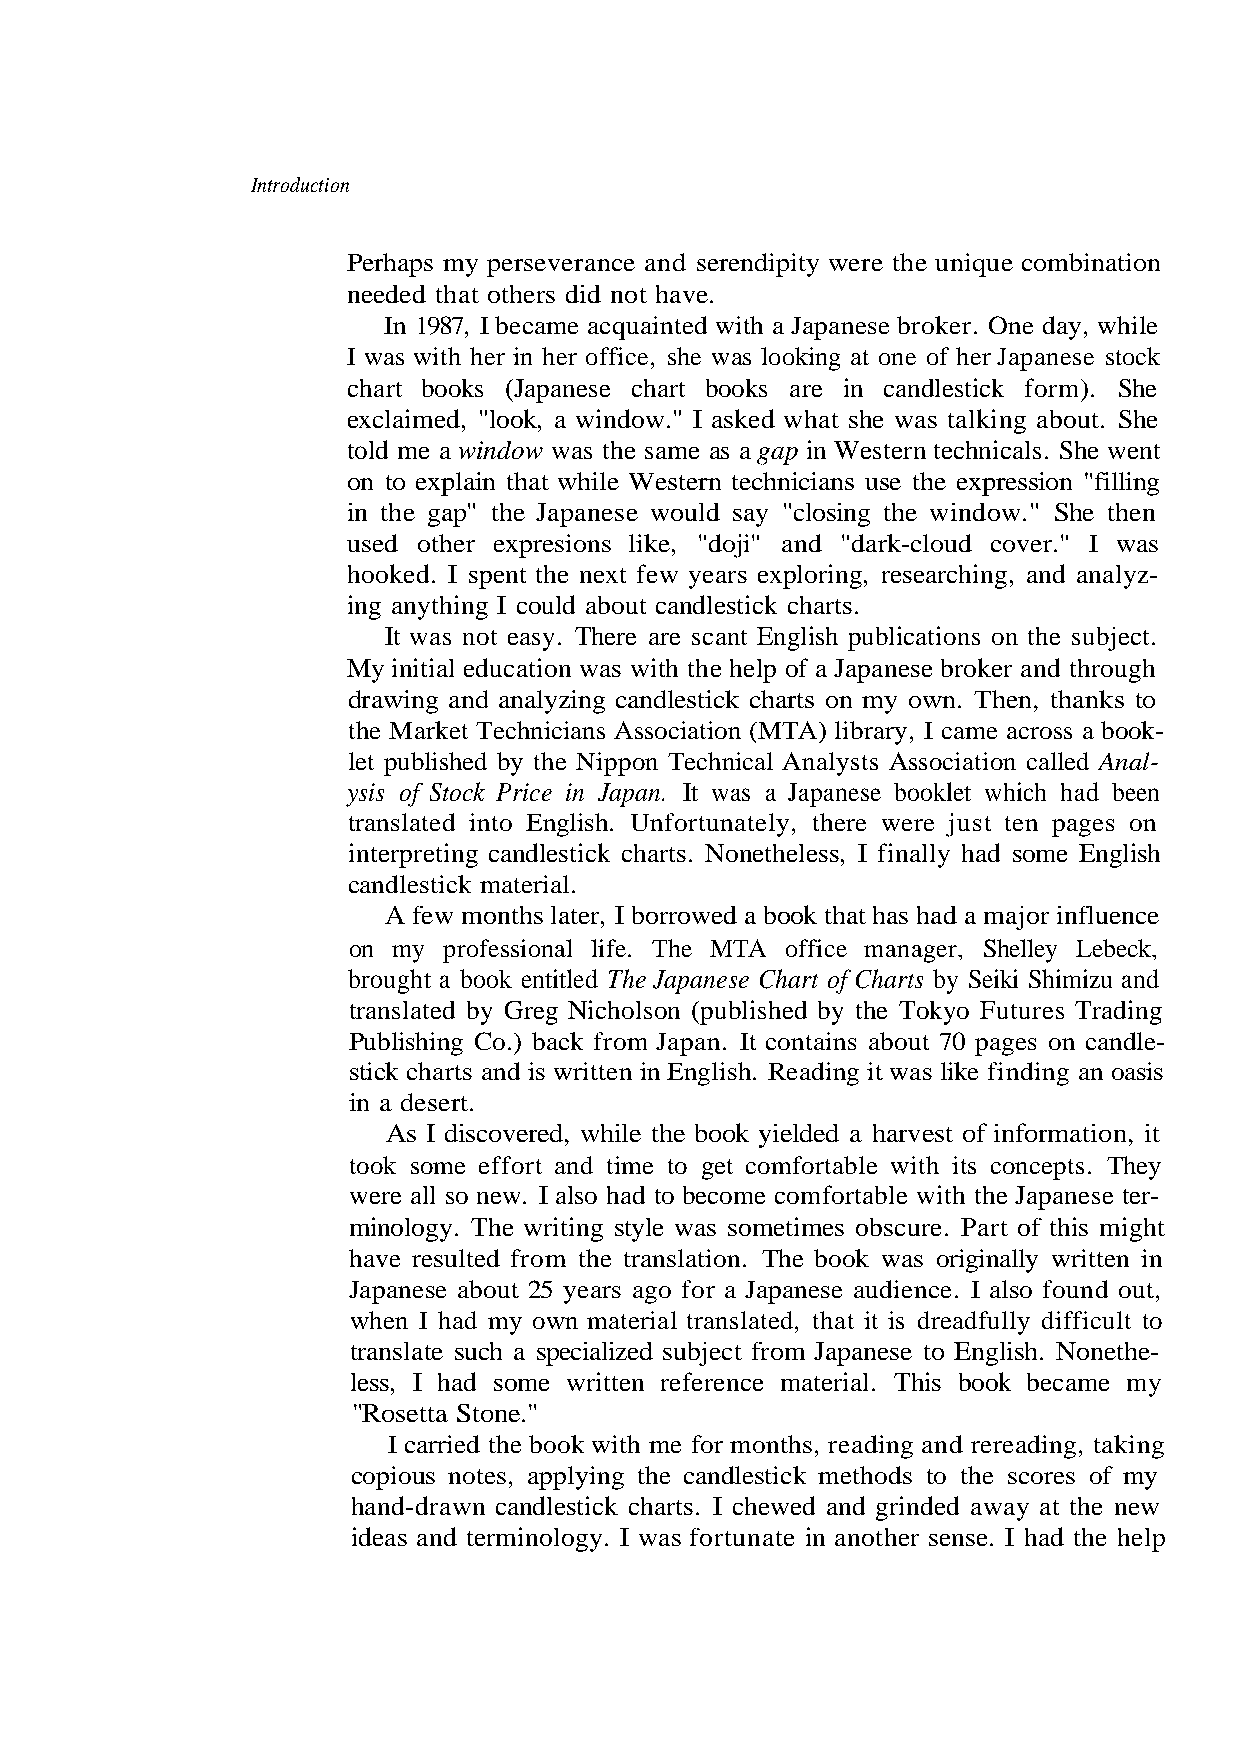
Introduction
 In 1987, I became acquainted with a Japanese broker. One day, while
 I was with her in her office, she was looking at one of her Japanese stock
 told me a window was the same as a gap in Western technicals. She went
 in the gap" the Japanese would say "closing the window." She then
 It was not easy. There are scant English publications on the subject.
 the Market Technicians Association (MTA) library, I came across a book-
 ysis of Stock Price in Japan. It was a Japanese booklet which had been
 translated into English. Unfortunately, there were just ten pages on
 candlestick material.
 brought a book entitled The Japanese Chart of Charts by Seiki Shimizu and
 Publishing Co.) back from Japan. It contains about 70 pages on candle-
 stick charts and is written in English. Reading it was like finding an oasis
 in a desert.
 took some effort and time to get comfortable with its concepts. They
 were all so new. I also had to become comfortable with the Japanese ter-
 minology. The writing style was sometimes obscure. Part of this might
 have resulted from the translation. The book was originally written in
 Japanese about 25 years ago for a Japanese audience. I also found out,
 when I had my own material translated, that it is dreadfully difficult to
 translate such a specialized subject from Japanese to English. Nonethe-
 "Rosetta Stone."
 hand-drawn candlestick charts. I chewed and grinded away at the new
 ideas and terminology. I was fortunate in another sense. I had the help
 g n i d a r T
 o
 s
 t
 e r
 s
 u
 k n
 t u
 a
 t
 h
 F
 i
 t
 ,
 g
 o
 n
 ion
 he
 hen,
 h
 oky
 atio
 akin
 at
 S
 T
 is
 T
 m
 t
 n
 gl
 r
 g,
 mbi
 m).
 wn.
 En
 he
 nfo
 din
 ue co
 for
 alyz-
 arts.
 y o
 some
 by t
 of i
 erea
 k
 n
 m
 Perhaps my perseverance and serendipity were the uniq
 needed that others did not have.
 chart books (Japanese chart books are in candlestic
 exclaimed, "look, a window." I asked what she was talking about. She
 on to explain that while Western technicians use the expression "filling
 used other expresions like, "doji" and "dark-cloud cover." I was
 hooked. I spent the next few years exploring, researching, and a
 ing anything I could about candlestick ch
 My initial education was with the help of a Japanese broker and through
 drawing and analyzing candlestick charts on
 let published by the Nippon Technical Analysts Association called Anal-
 interpreting candlestick charts. Nonetheless, I finally had
 months later, I borrowed a book that has had a major influence
 on my professional life. The MTA office manager, Shelley Lebeck,
 translated by Greg Nicholson (published
 s I discovered, while the book yielded a harvest
 less, I had some written reference material. This book became my
 carried the book with me for months, reading and r
 copious notes, applying the candlestick methods to the scores of my
 w
 A
 A fe
 I